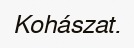
Kohászat.